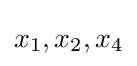
x_{1},x_{2},x_{4}